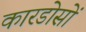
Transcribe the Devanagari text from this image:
कारडोसों